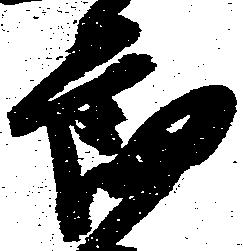
郎